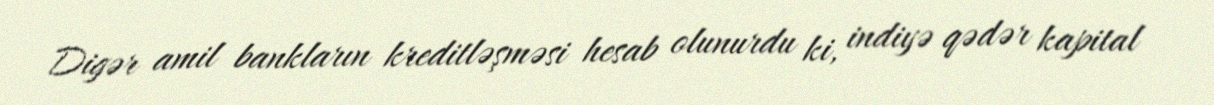
Digər amil bankların kreditləşməsi hesab olunurdu ki, indiyə qədər kapital